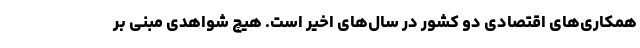
همکاری‌های اقتصادی دو کشور در سال‌های اخیر است. هیچ شواهدی مبنی بر